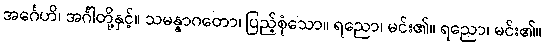
အင်္ဂေဟိ၊ အင်္ဂါတို့နှင့်။ သမန္နာဂတော၊ ပြည့်စုံသော။ ရညော၊ မင်း၏။ ရညော၊ မင်း၏။